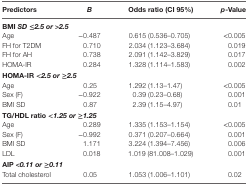
| Predictors | B | Odds ratio (CI 95%) | p-Value |
 | --- | --- | --- | --- |
 | <COLSPAN=4> BMI SD ≤2.5 or>2.5 |
 | Age | −0.487 | 0.615 (0.536–0.705) | <0.005 |
 | FH for T2DM | 0.710 | 2.034 (1.123–3.684) | 0.019 |
 | FH for AH | 0.738 | 2.091 (1.142–3.829) | 0.017 |
 | HOMA-IR | 0.284 | 1.328 (1.114–1.583) | 0.002 |
 | <COLSPAN=4> HOMA-IR <2.5 or≥2.5 |
 | Age | 0.25 | 1.292 (1.13–1.47) | <0.005 |
 | Sex (F) | −0.922 | 0.39 (0.23–0.68) | 0.001 |
 | BMI SD | 0.87 | 2.39 (1.15–4.97) | 0.01 |
 | <COLSPAN=4> TG/HDL ratio <1.25 or≥1.25 |
 | Age | 0.289 | 1.335 (1.153–1.154) | <0.005 |
 | Sex (F) | −0.992 | 0.371 (0.207–0.664) | 0.001 |
 | BMI SD | 1.171 | 3.224 (1.394–7.456) | 0.006 |
 | LDL | 0.018 | 1.019 (81.008–1.029) | 0.001 |
 | <COLSPAN=4> AIP <0.11 or ≥0.11 |
 | Total cholesterol | 0.05 | 1.053 (1.006–1.101) | 0.02 |